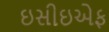
ઇસીઇએફ